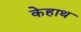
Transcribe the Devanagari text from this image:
केहाथ